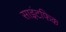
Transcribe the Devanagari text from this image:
साइंटफिक